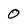
Character: 0